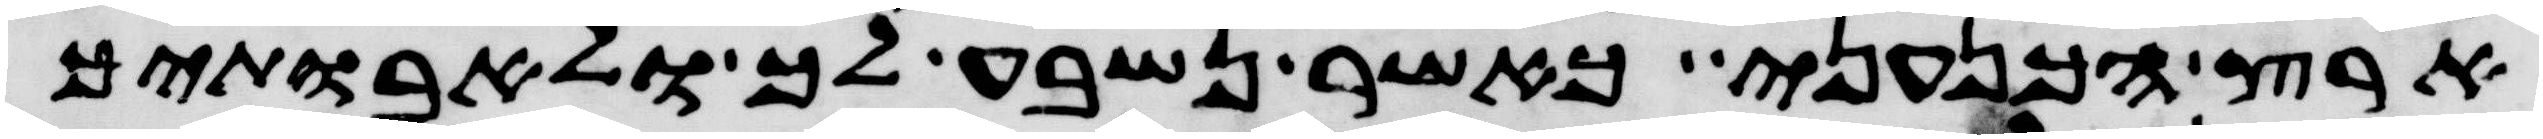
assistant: ארץ הכנעני כאשר נשבע לך ולאבתיך